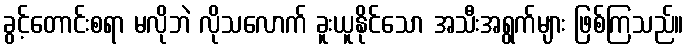
ခွင့်တောင်းစရာ မလိုဘဲ လိုသလောက် ခူးယူနိုင်သော အသီးအရွက်များ ဖြစ်ကြသည်။